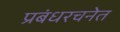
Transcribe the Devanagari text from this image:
प्रबंधरचनेत